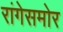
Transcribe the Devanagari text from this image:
रांगेसमोर